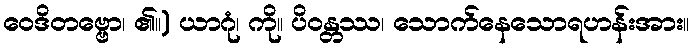
ဝေဒိတဗ္ဗော၊ ၏။) ယာဂုံ၊ ကို။ ပိဝန္တဿ၊ သောက်နေသောရဟန်းအား။